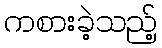
ကစားခဲ့သည့်